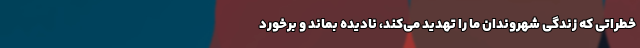
خطراتی که زندگی شهروندان ما را تهدید می‌کند، نادیده بماند و برخورد